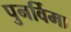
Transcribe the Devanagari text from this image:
पुनर्विमा